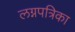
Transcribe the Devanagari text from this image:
लग्नपत्रिका